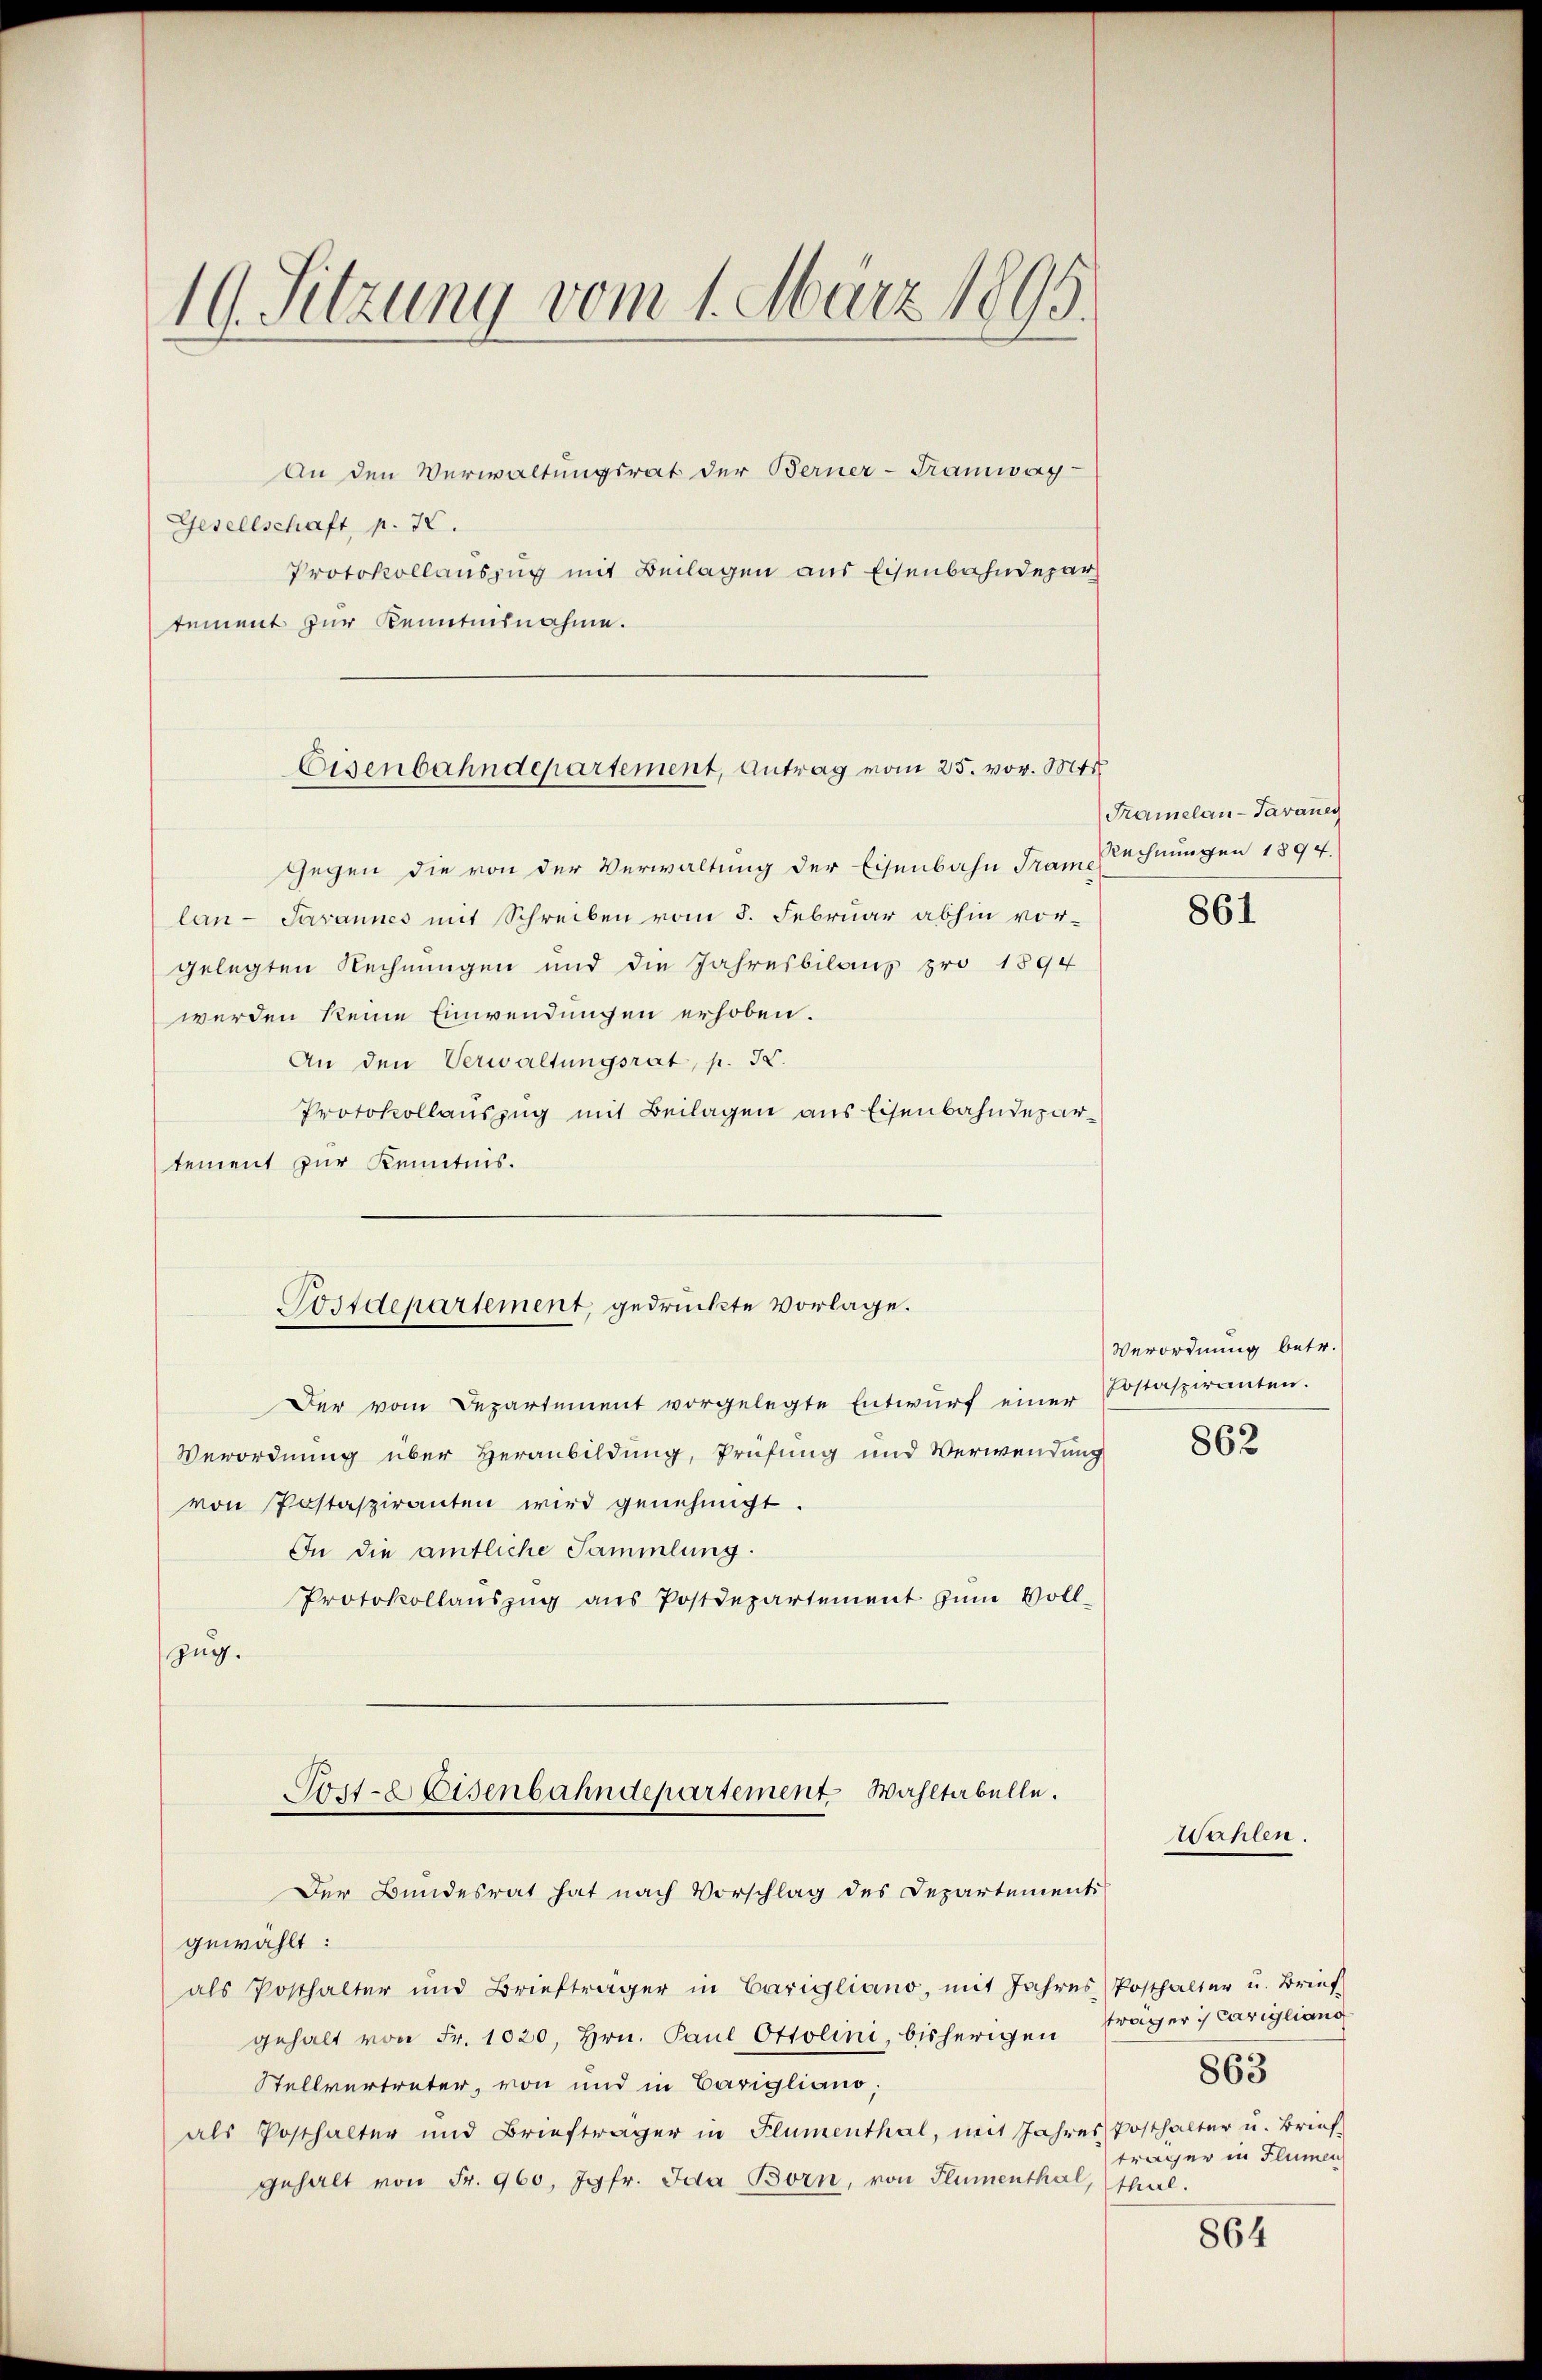
10. Sitzung vom 1. März 1895.

An den Verwaltungsrat der Berner-Tramway-
Gesellschaft, p. 22.
Protokollauszug mit Beilagen aus Eisenbahndepar
tement zur Kenntnisnahme.

Eisenbahndepartement, Antrag vom 25. vor. Mts

Gegen die von der Verwaltung der Eisenbahn Tram Rechnungen 1894.
lan- Javannes mit Schreiben vom 5. Februar abhin vor-
gelegten Rechnungen und die Jahresbilanz pro 1894
werden keine Einwendungen erhoben.
An den Verwaltungsrat, p. I.
Protokollauszug mit Beilagen aus Eisenbahndepartement zur Kenntnis.
Der vom Departement vorgelegte Entwŭrf einer Postaspiranten.
Verordnung über Heranbildung, Prüfung und Verwendung
von Postaspiranten wird genehmigt.
In die amtliche Sammlung.
Protokollaŭszŭg ans Postdepartement zŭm Voll-
zug.
Fort-Weisenbahndepartement Wahltabelle.
Der Bundesrat hat nach Vorschlag des Departement
gewählt:
als Posthalter und Briefträger in Carigliano, mit Jahres Posthalter u. Brief
gehalt von Fr. 1020, Hrn. Paul Ottolini, bisherigen Frager :/ Carigliano
Stellvertreter, von und in Carigliano,
als Posthalter und Briefträger in Flumenthal, mit Jahres Posthalter u. Brief
gehalt von Fr. 960, Jgfr. Ida Born, von Flumenthal, Thal.

Postdepartement, gedruckte Vorlage.

Framelan-Tavaneg

861

Verordnung betr.
862

Wahlen.

863
träger in Flumen

864